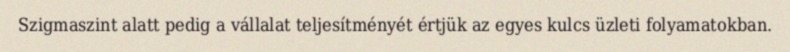
Szigmaszint alatt pedig a vállalat teljesítményét értjük az egyes kulcs üzleti folyamatokban.